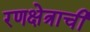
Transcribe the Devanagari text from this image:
रणक्षेत्राची